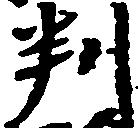
判